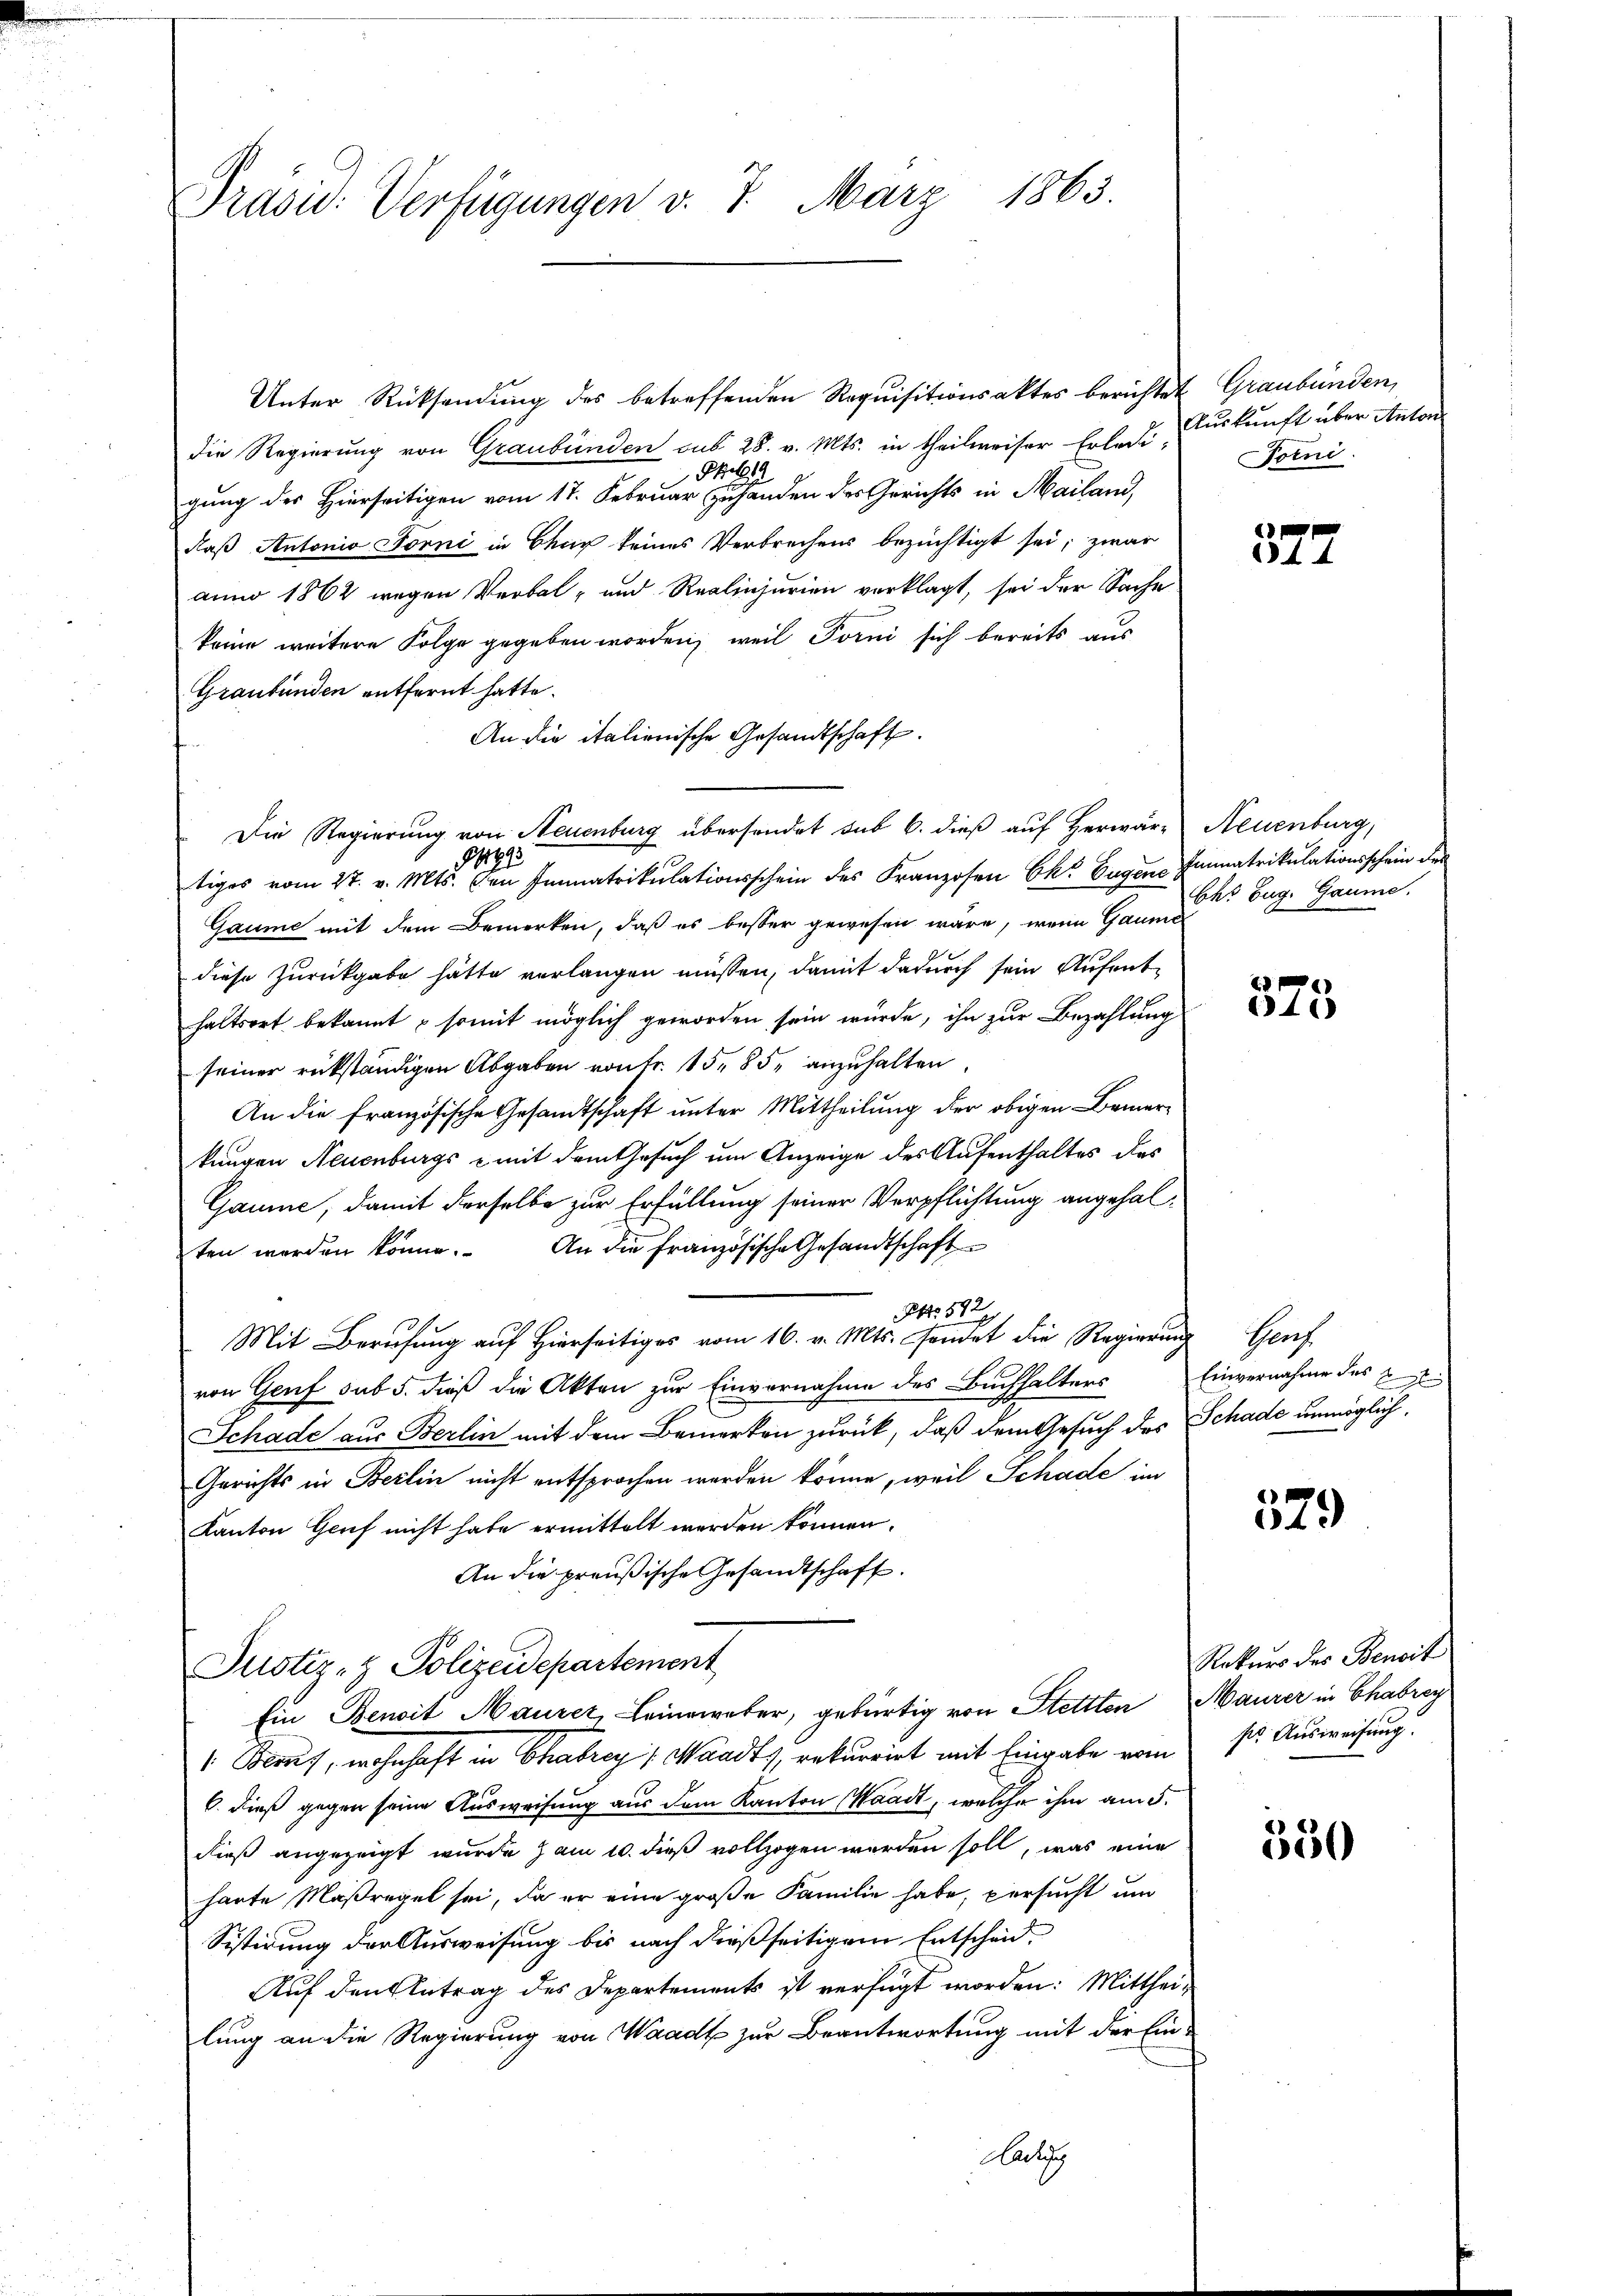
Frau. Verfügungen v. 7. März 1863.

Unter Rücksendung des betreffenden Requisitionsaktes berichtet Graubünden,
die Regierung von Graubünden sub 28. v. Mts. in theilweiser Erledi¬
Phl
gung des Hierseitigen vom 17. Februar zuhanden des Gerichts in Mailand,
daß Antonio Forni in Chur keines Verbrechens bezüchtigt sei; zwar
anno 1862 wegen Verbal- und Realinjurien verklagt, sei der Sache
keine weitere Folge gegeben worden, weil Torni sich bereits aus
Graubünden entfernt hatte.
An die italienische Gesandtschaft.
Die Regierung von Neuenburg übersendet sub 6. dieß auf Herwär-Neuenburg,
1993
tiges vom 27. v. Mts. den Immatrikulationsschein des Franzosen Ek. Eugen Immatrikulationsschein der
Gaume mit dem Bemerken, daß es besser gewesen wäre, wenn Gaume
diese Zurückgabe hätte verlangen müssen, damit dadurch sein Aufenthaltsort bekannt & somit möglich geworden sein würde, ihn zur Bezahlung
seiner rückständigen Abgaben von Fr. 15, 85, anzuhalten.
An die französische Gesandtschaft unter Mittheilung der obigen Bemerkungen Neuenburgs - mit dem Gesuch um Anzeige des Aufenthaltes des
Gaume, damit derselbe zur Erfüllung seiner Verpflichtung angehalten werden könne. An die französische Gesandtschaft
Otto. 592
Mit Berufung auf Hierseitiges vom 16. v. Mts. sendet die Regierung Genf
von Genf sub 5. dieß die Akten zur Einvernahme des Buchhalters
Schade aus Berlin mit dem Bemerken zurück, daß dem Gesuch des Schade unmöglich
Gerichts in Berlin nicht entsprochen werden könne, weil Schade im
Kanton Genf nicht habe ermittelt werden können.
An die preußische Gesandtschaft.
Justiz- & Polizeidepartement
Ein Benoit Maurer, Leineweber, gebürtig von Stettlen Maurer in Chabrey
1. Beruf, wohnhaft in Chabrey) Waadt, rekurrirt mit Eingabe vom
6. dieß gegen seine Ausweisung aus dem Kanton Waadt, welche ihm am 5.
dieß angezeigt wurde zum 10. dieß vollzogen werden soll, was eine
haute Maßregel sei, da er eine große Familie habe, versucht um
Sistirung der Ausweisung bis nach dießseitigem Entscheid,
Auf den Antrag des Departements ist verfügt worden: Mittheilung an die Regierung von Waadt zur Beantwortung mit der Ein-
ad

Auskunft über Anton
orni

377

Ch. Zug. Gaume.

375

Einvernahme des E

379

Rekurs des Benoit
ser Ausweisung.

550